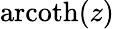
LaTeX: \operatorname{arcoth}(z)